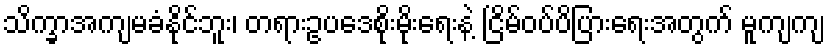
သိက္ခာအကျမခံနိုင်ဘူး၊ တရားဥပဒေစိုးမိုးရေးနဲ့ ငြိမ်ဝပ်ပိပြားရေးအတွက် မူကျကျ